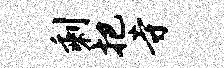
剩把寺